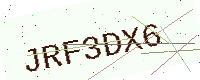
Text: JRF3DX6